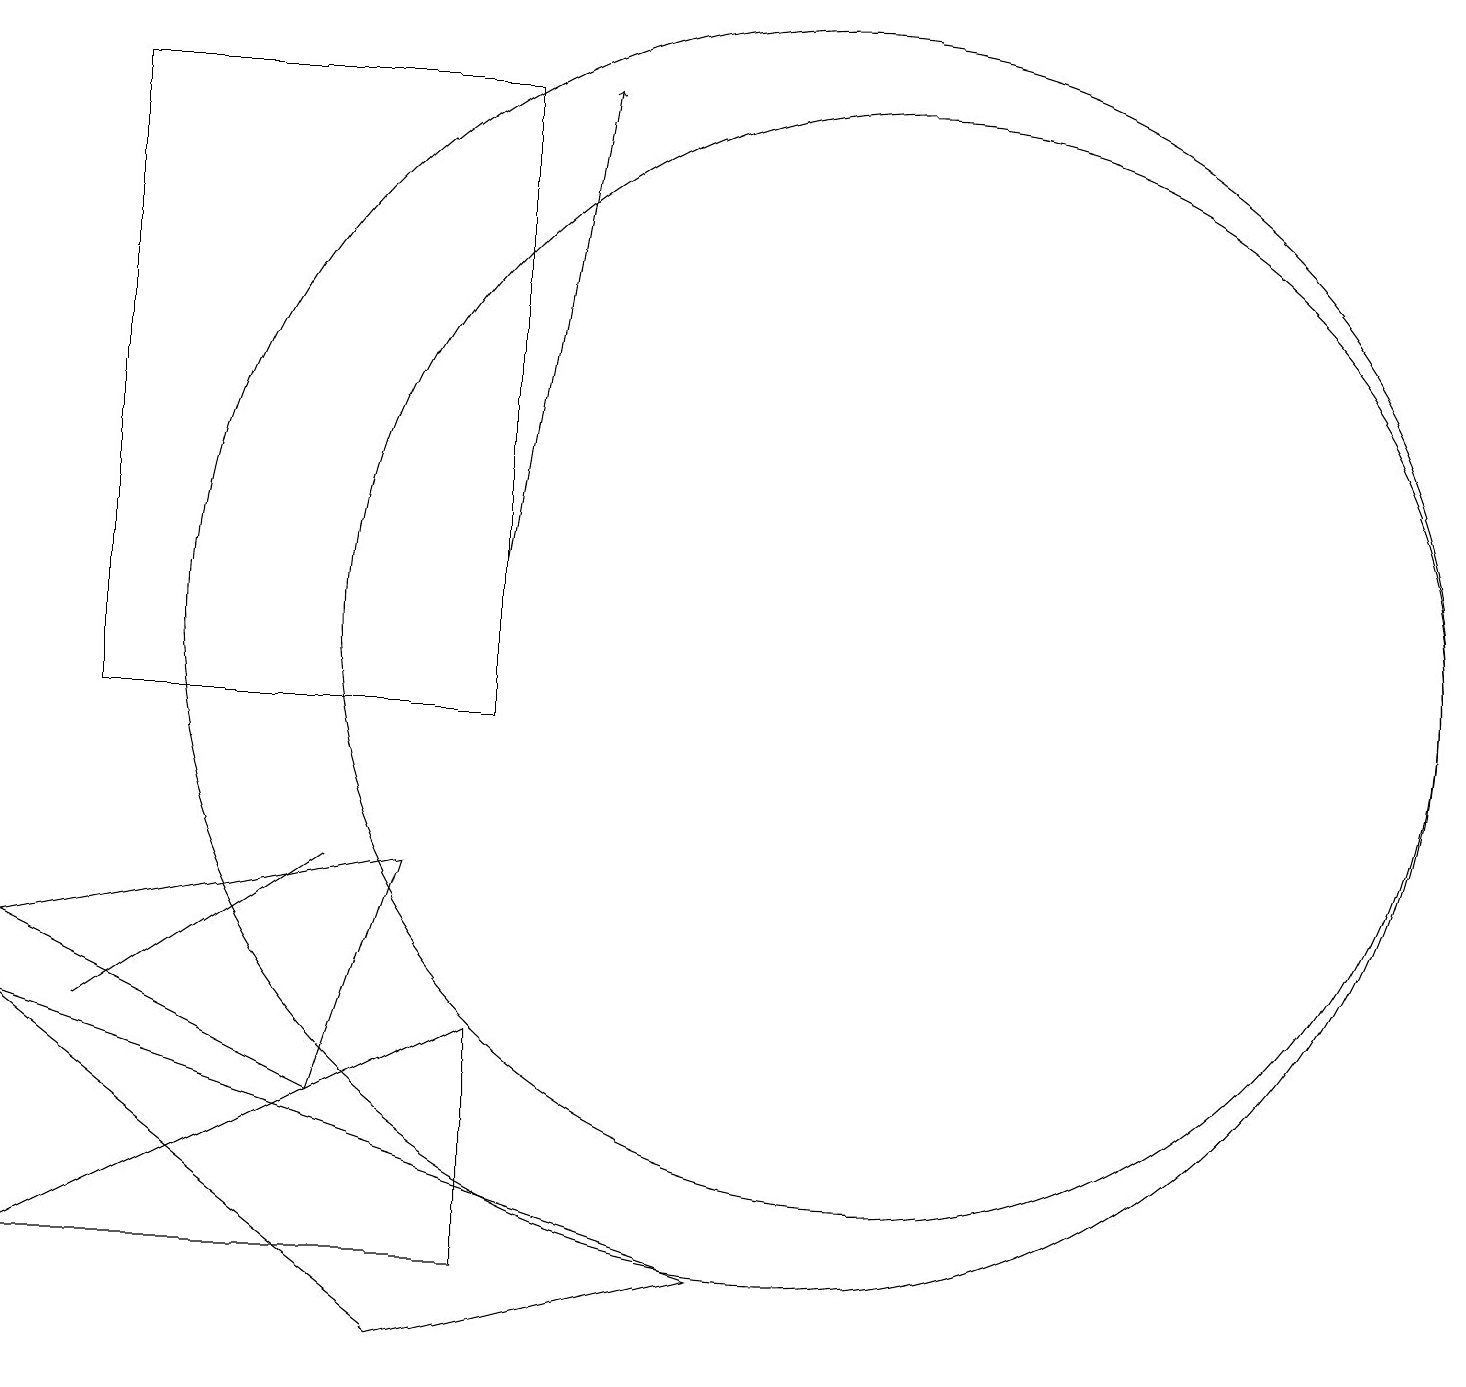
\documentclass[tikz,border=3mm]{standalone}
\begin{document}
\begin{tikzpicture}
\draw (10,12) circle (8);
\draw (0,4) -- (6,7) -- (6,4) -- cycle;
\draw (11,12) circle (7);
\draw[->] (6,13) -- (7,19);
\draw (4,6) -- (5,9) -- (0,8) -- cycle;
\draw (1,7) -- (1,7) -- (4,9) -- cycle;
\draw (1,19) rectangle (6,11);
\draw (5,3) -- (9,4) -- (0,7) -- cycle;
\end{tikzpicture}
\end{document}